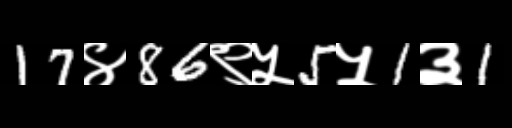
Text: 17४86९५5५1३1